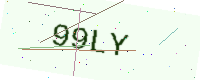
Text: 99LY